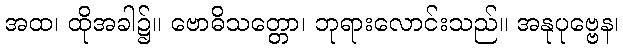
အထ၊ ထိုအခါ၌။ ဗောဓိသတ္တော၊ ဘုရားလောင်းသည်။ အနုပုဗ္ဗေန၊